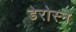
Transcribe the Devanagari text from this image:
डेरोस्ने